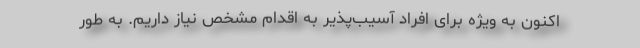
اکنون به ویژه برای افراد آسیب‌پذیر به اقدام مشخص نیاز داریم. به طور